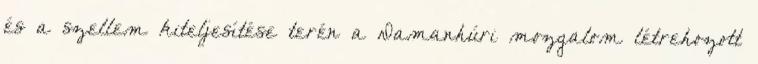
és a szellem kiteljesítése terén a Damanhúri mozgalom létrehozott